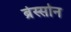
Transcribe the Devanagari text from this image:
ब्रेस्सोन